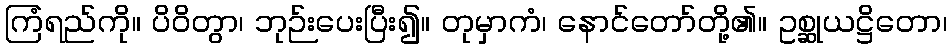
ကြံရည်ကို။ ပိဝိတွာ၊ ဘုဉ်းပေးပြီး၍။ တုမှာကံ၊ နောင်တော်တို့၏။ ဥစ္ဆုယဋ္ဌိတော၊